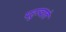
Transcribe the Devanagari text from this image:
पहुञ्चाते